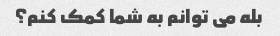
بله می توانم به شما کمک کنم؟